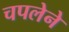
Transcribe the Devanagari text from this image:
चपलेने